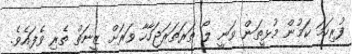
ފުރިހަމަ ކަމުން މުޅީތަން ވަނީ ލޯ ތަރަތަރަޖަހާހާ ވަރަށް ޒީނަތް ތެރި ވެފައެވެ.